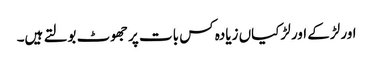
اور لڑکے اور لڑکیاں زیادہ کس بات پر جھوٹ بولتے ہیں۔